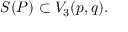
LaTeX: { \cal S } ( P ) \subset V _ { 3 } ( p , q ) .